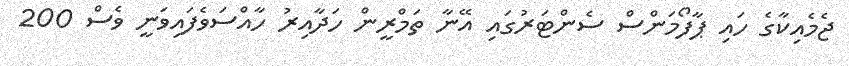
ޖެމެއިކާގެ ހައި ޕާފޯމަންސް ސެންޓަރުގައި އޭނާ ތަމްރީން ހަދާއިރު ހާއްސަވެފައިވަނީ ވެސް 200